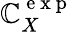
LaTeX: \mathbb{C}_{X}^{\mathrm{{~e~x~p~}}}